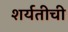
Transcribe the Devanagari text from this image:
शर्यतीची